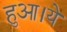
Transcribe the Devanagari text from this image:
हुआ।ये